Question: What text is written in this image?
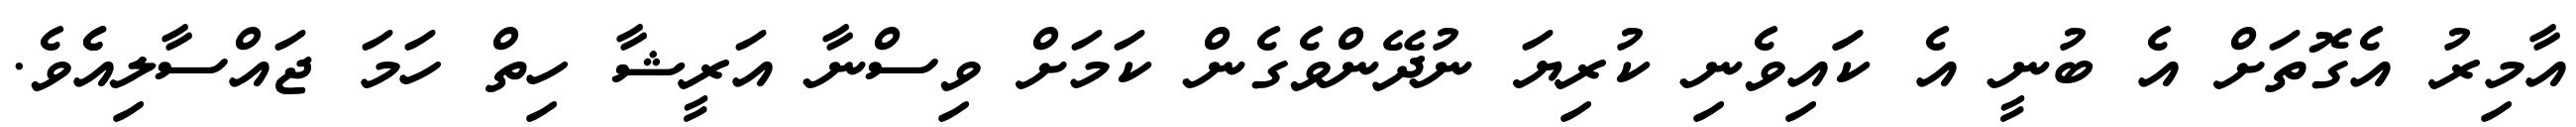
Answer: އާމިރު އެގޮތަށް އެ ބުނީ އެ ކަައިވެނި ކުރިޔަ ނުދޭންވެގެން ކަމަށް ވިސްނާ އަރީޝާ ހިތް ހަމަ ޖައްސާލިއެެވެ.